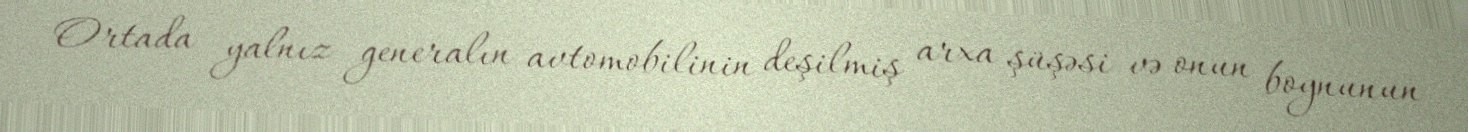
Ortada yalnız generalın avtomobilinin deşilmiş arxa şüşəsi və onun boynunun